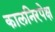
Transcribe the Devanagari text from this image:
कालनिरपेक्ष